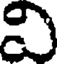
వి